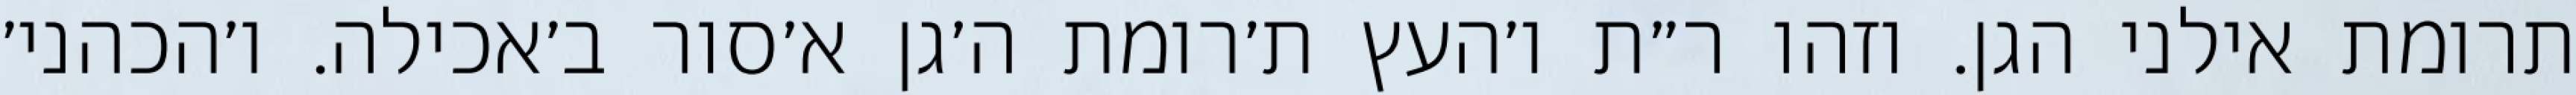
תרומת אילני הגן. וזהו ר״ת ו׳העץ ת׳רומת ה׳גן א׳סור ב׳אכילה. ו׳הכהני׳